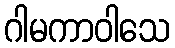
ဂါမကာဝါသေ